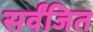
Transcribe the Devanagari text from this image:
सर्वंजित